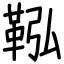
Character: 鞃